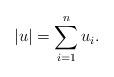
LaTeX: \begin{align*}|u| = \sum_{i=1}^n u_i.\end{align*}